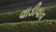
વાડીવાવ